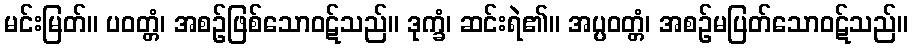
မင်းမြတ်။ ပဝတ္တံ၊ အစဉ်ဖြစ်သောဝဋ်သည်။ ဒုက္ခံ၊ ဆင်းရဲ၏။ အပ္ပဝတ္တံ၊ အစဉ်မပြတ်သောဝဋ်သည်။